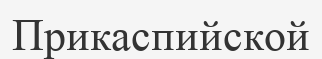
Прикаспийской